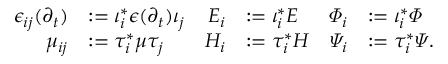
\begin{array} { r l r l r l } { \epsilon _ { i j } ( \partial _ { t } ) } & { \mathrel { \mathop : } = \iota _ { i } ^ { * } \epsilon ( \partial _ { t } ) \iota _ { j } } & { E _ { i } } & { \mathrel { \mathop : } = \iota _ { i } ^ { * } E } & { \varPhi _ { i } } & { \mathrel { \mathop : } = \iota _ { i } ^ { * } \varPhi } \\ { \mu _ { i j } } & { \mathrel { \mathop : } = \tau _ { i } ^ { * } \mu \tau _ { j } } & { H _ { i } } & { \mathrel { \mathop : } = \tau _ { i } ^ { * } H } & { \varPsi _ { i } } & { \mathrel { \mathop : } = \tau _ { i } ^ { * } \varPsi . } \end{array}